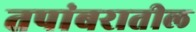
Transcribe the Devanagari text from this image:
तपांबरातील